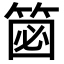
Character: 𥮦